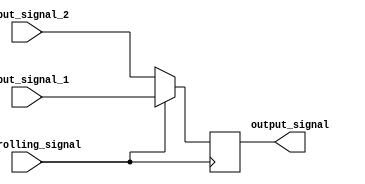
module Timing_Control_Synchronization(
    input wire input_signal_1,
    input wire input_signal_2,
    input wire controlling_signal,
    output reg output_signal
);

reg delayed_output_signal;

// Timing control block
always @(posedge controlling_signal)
begin
    output_signal <= (controlling_signal) ? input_signal_1 : input_signal_2;
end

// Multiplexer delay block
always @(*)
begin
    #10 delayed_output_signal = output_signal; // Introduce a delay of 10 units
end
endmodule